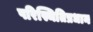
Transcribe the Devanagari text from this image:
परिस्थितिप्रधान